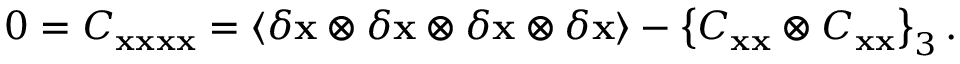
0 = C _ { \bf x x x x } = \langle \delta { \bf x } \otimes \delta { \bf x } \otimes \delta { \bf x } \otimes \delta { \bf x } \rangle - \left\lbrace C _ { \bf x x } \otimes C _ { \bf x x } \right\rbrace _ { 3 } .